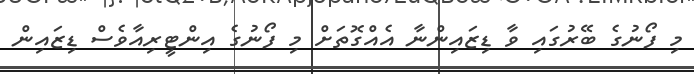
މި ފޯނުގެ ބޭރުގައި ވާ ޑިޒައިންނާ އެއްގޮތަށް މި ފޯނުގެ އިންޓީރިއާވެސް ޑިޒައިން